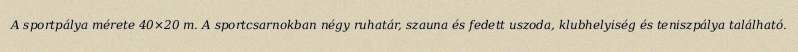
A sportpálya mérete 40×20 m. A sportcsarnokban négy ruhatár, szauna és fedett uszoda, klubhelyiség és teniszpálya található.